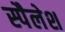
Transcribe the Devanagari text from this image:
स्पैलेश